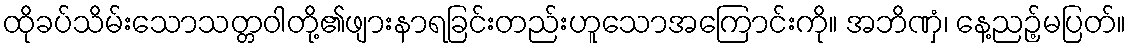
ထိုခပ်သိမ်းသောသတ္တဝါတို့၏ဖျားနာရခြင်းတည်းဟူသောအကြောင်းကို။ အဘိဏှံ၊ နေ့ညဉ့်မပြတ်။